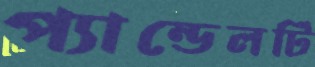
প্যান্ডেলটি